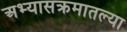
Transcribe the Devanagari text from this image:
अभ्यासक्रमातल्या